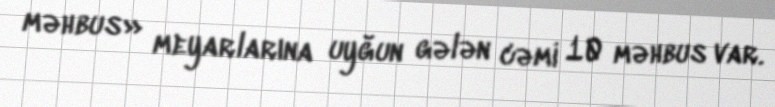
məhbus» meyarlarına uyğun gələn cəmi 10 məhbus var.